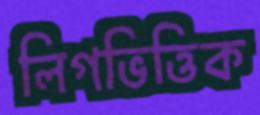
লিগভিত্তিক